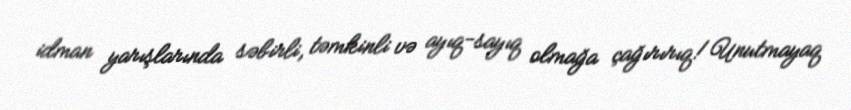
idman yarışlarında səbirli, təmkinli və ayıq-sayıq olmağa çağırırıq!Unutmayaq